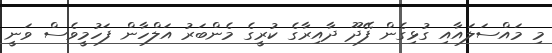
މި މައްސަލައާއި ގުޅިގެން ފޭދޫ ދާއިރާގެ ކުރީގެ މެންބަރު އަލްހާން ފަހުމީވެސް ވަނީ